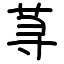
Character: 荨